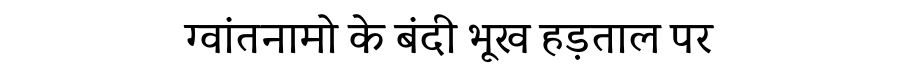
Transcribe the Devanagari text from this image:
ग्वांतनामो के बंदी भूख हड़ताल पर